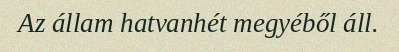
Az állam hatvanhét megyéből áll.